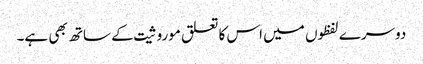
دوسرے لفظوں میں اس کا تعلق موروثیت کے ساتھ بھی ہے۔